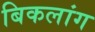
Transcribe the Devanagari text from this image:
बिकलांग